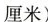
厘米)